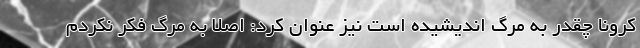
کرونا چقدر به مرگ اندیشیده است نیز عنوان کرد: اصلا به مرگ فکر نکردم